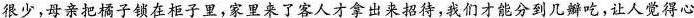
很少，母亲把橘子锁在柜子里，家里来了客人才拿出来招待，我们才能分到几瓣吃，让人觉得心